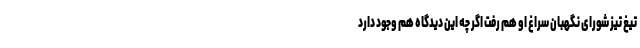
تیغ تیز شورای نگهبان سراغ او هم رفت اگر چه این دیدگاه هم وجود دارد